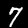
Label: 7